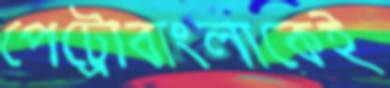
পেট্রোবাংলাকেই